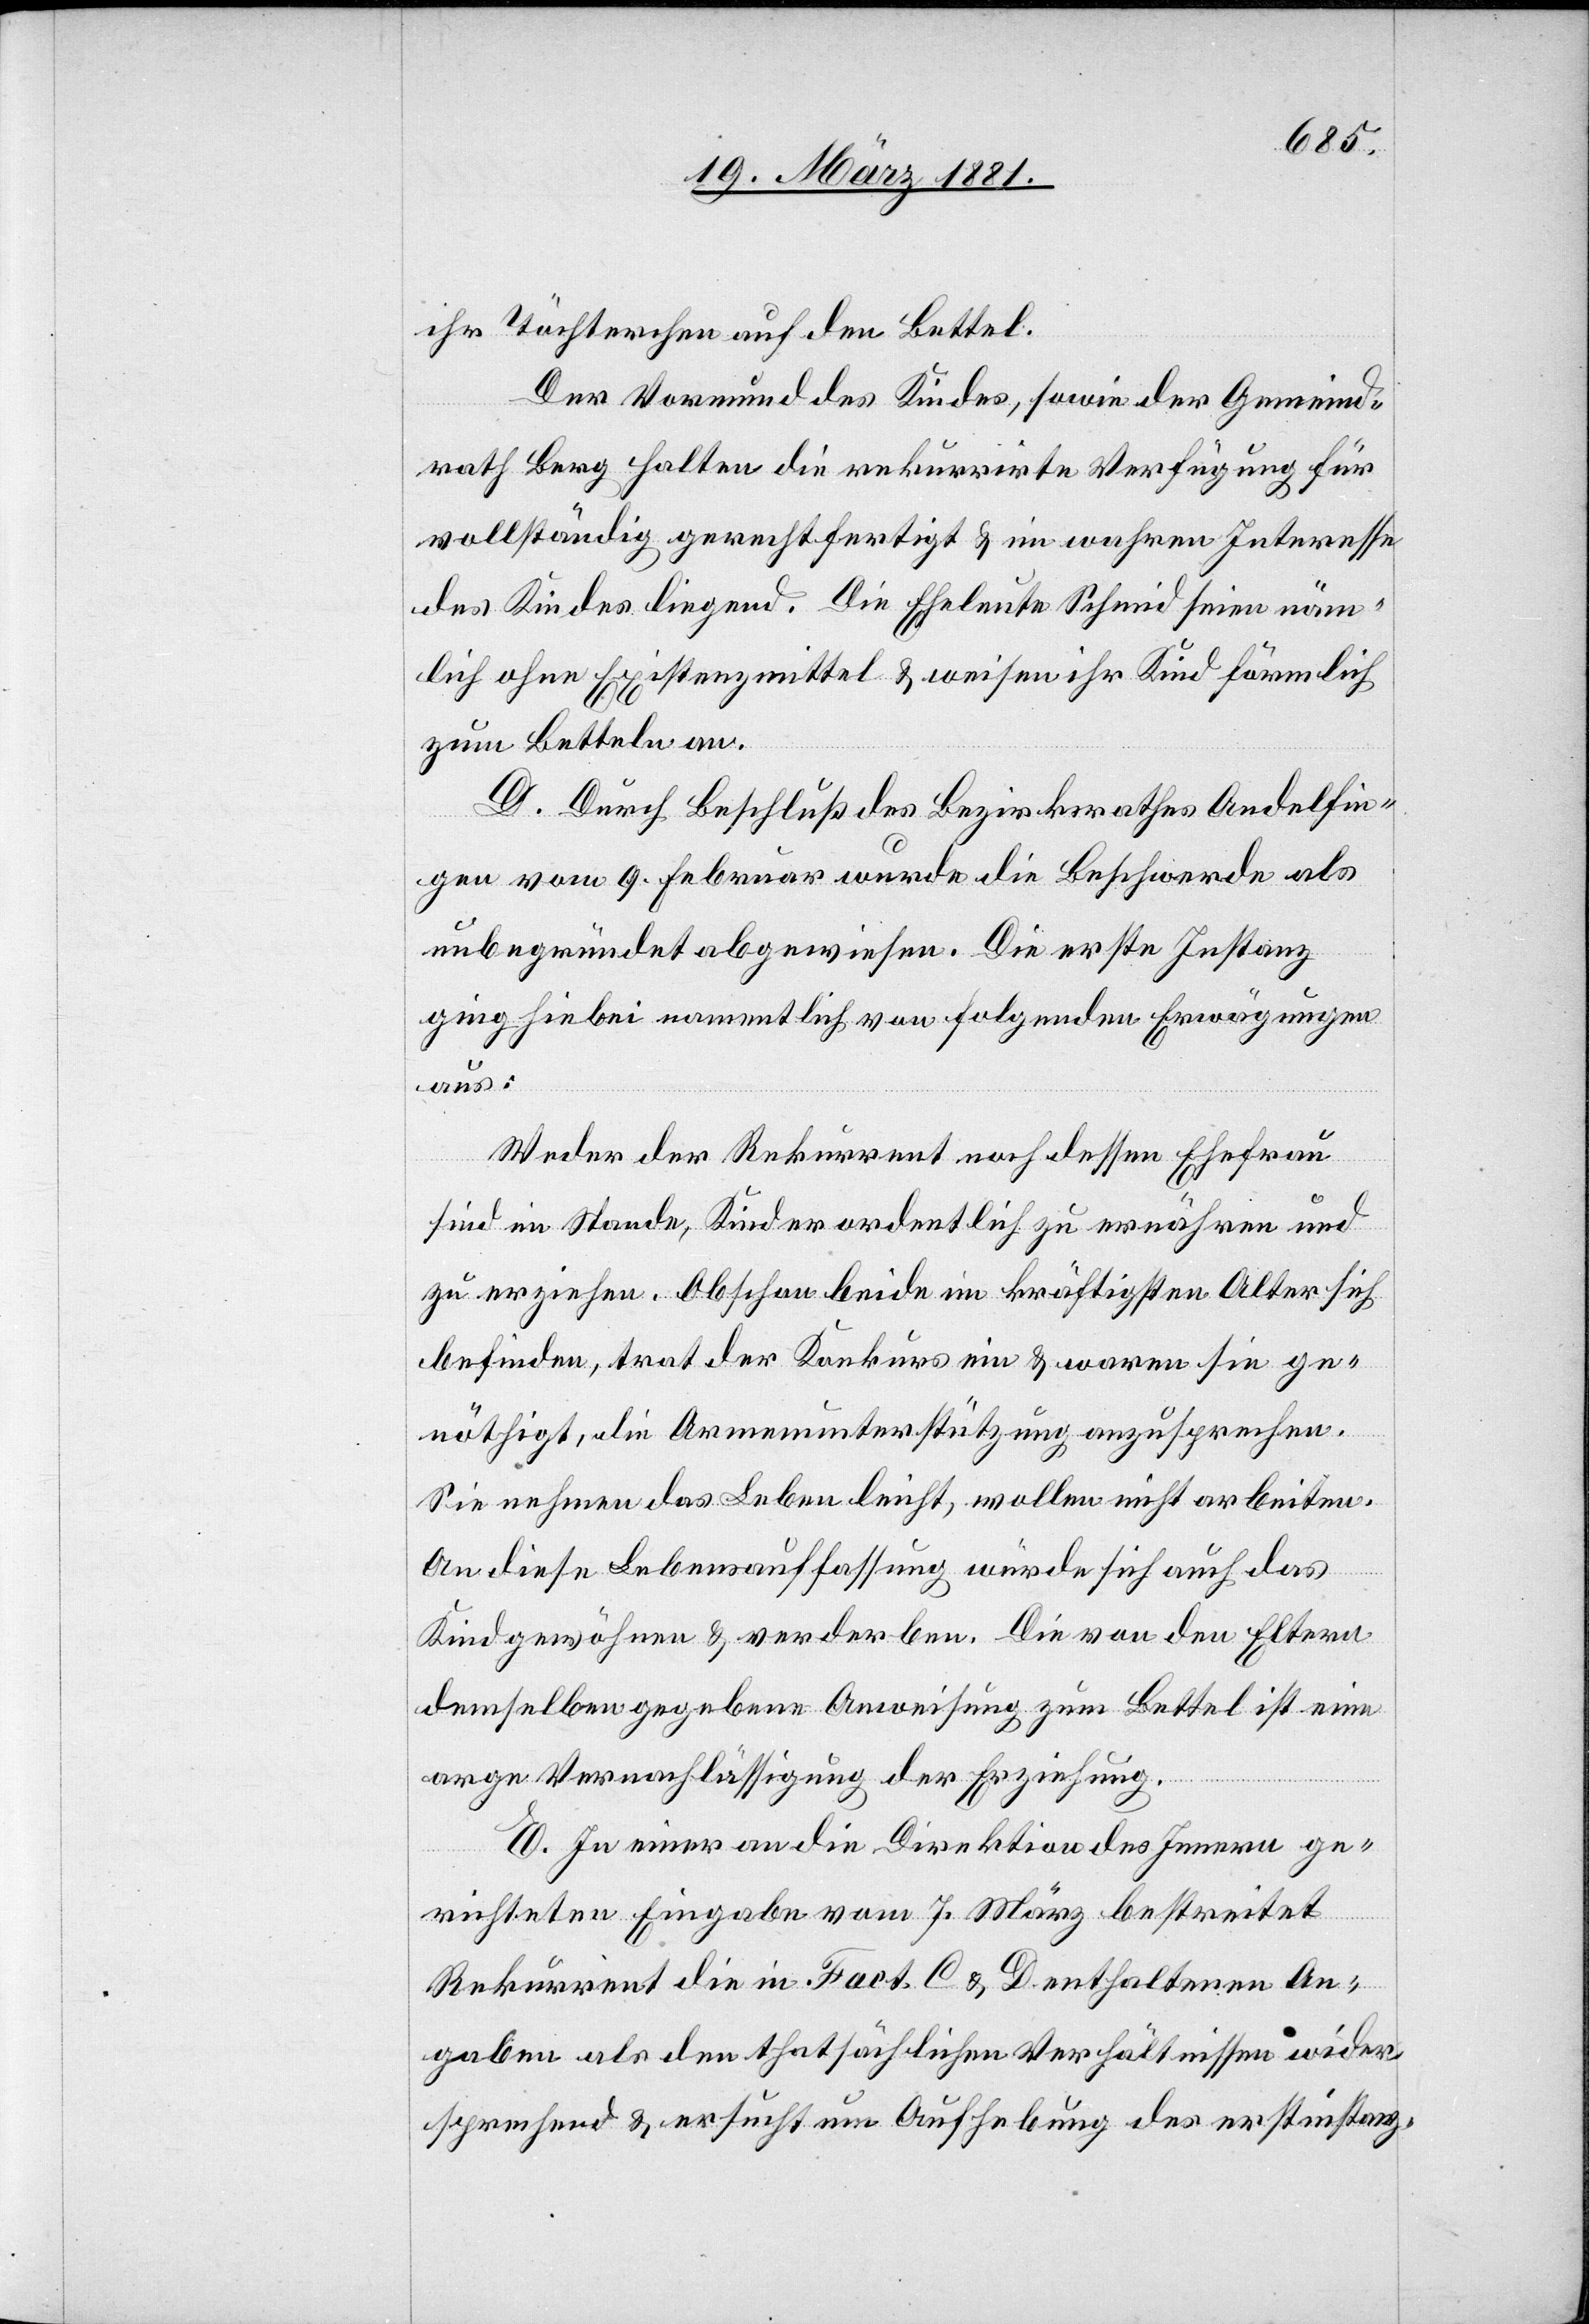
ihr Töchterchen auf den Bettel.
Der Vormund des Kindes, sowie der Gemeind¬
rath Berg halten die rekurrirte Verfügung für
vollständig gerechtfertigt & im wahren Interesse
des Kindes liegend. Die Eheleute Schmid seien näm¬
lich ohne Existenzmittel & weisen ihr Kind förmlich
zum Betteln an.
D. Durch Beschluß des Bezirksrathes Andelfin¬
gen vom 9. Februar wurde die Beschwerde als
unbegründet abgewiesen. Die erste Instanz
ging hiebei namentlich von folgenden Erwägungen
aus:
Weder der Rekurrent noch dessen Ehefrau
sind im Stande, Kinder ordentlich zu ernähren und
zu erziehen. Obschon beide im kräftigsten Alter sich
befinden, trat der Konkurs ein & waren sie ge¬
nöthigt, die Armenunterstützung anzusprechen.
Sie nehmen das Leben leicht, wollen nicht arbeiten.
An diese Lebensauffassung würde sich auch das
Kind gewöhnen & verderben. Die von den Eltern
demselben gegebene Anweisung zum Bettel ist eine
arge Vernachlässigung der Erziehung.
E. In einer an die Direktion des Innern ge¬
richteten Eingabe vom 7. März bestreitet
Rekurrent die in Fact. C & D enthaltenen An¬
gaben als den thatsächlichen Verhältnissen wider¬
sprechend & ersucht um Aufhebung des erstinstanz-